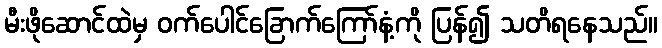
မီးဖိုဆောင်ထဲမှ ဝက်ပေါင်ခြောက်ကြော်နံ့ကို ပြန်၍ သတိရနေသည်။